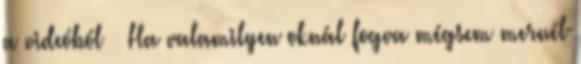
a videóból 🙂 Ha valamilyen oknál fogva mégsem mernél